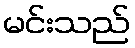
မင်းသည်